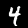
Label: 4